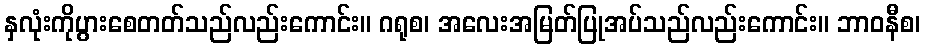
နှလုံးကိုပွားစေတတ်သည်လည်းကောင်း။ ဂရုစ၊ အလေးအမြတ်ပြုအပ်သည်လည်းကောင်း။ ဘာဝနီစ၊